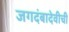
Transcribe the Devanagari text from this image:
जगदंबादेवीची